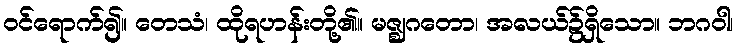
ဝင်ရောက်၍။ တေသံ၊ ထိုရဟန်းတို့၏။ မဇ္ဈဂတော၊ အလယ်၌ရှိသော။ ဘဂဝါ၊